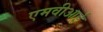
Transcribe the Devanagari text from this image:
एमवीआई